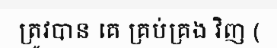
ត្រូវបាន គេ គ្រប់គ្រង វិញ (